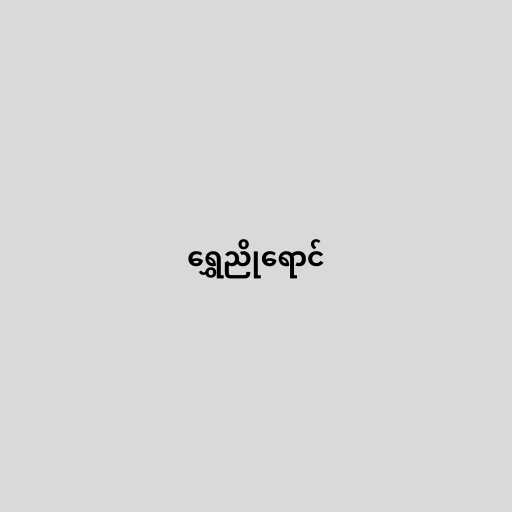
ရွှေညိုရောင်